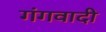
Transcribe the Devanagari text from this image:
गंगवादी